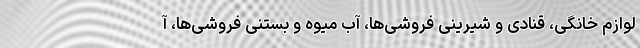
لوازم خانگی، قنادی و شیرینی فروشی‌ها، آب میوه و بستنی فروشی‌ها، آ